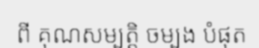
ពី គុណសម្បត្តិ ចម្បង បំផុត